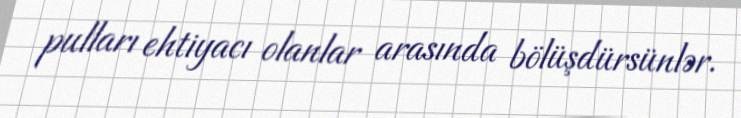
pulları ehtiyacı olanlar arasında bölüşdürsünlər.